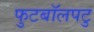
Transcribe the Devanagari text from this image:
फुटबॉलपटु